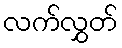
လက်လွှတ်